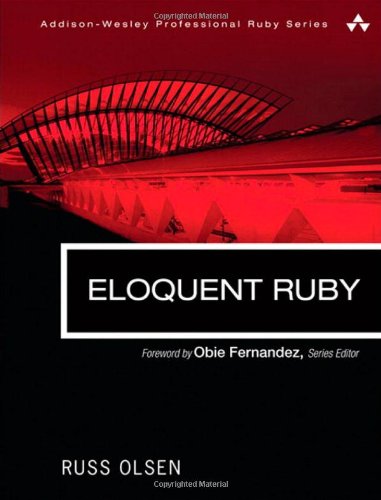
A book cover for Eloquent Ruby (Addison-Wesley Professional Ruby Series); Russ Olsen; Computers & Technology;